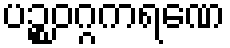
ပဉ္စဝဂ္ဂကရဏေ